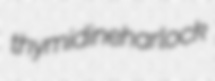
thymidine harlock